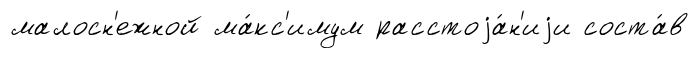
малосн'ежной ма́кс'имум расстоjа́н'иjи соста́в